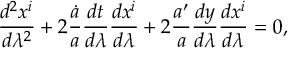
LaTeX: { \frac { d ^ { 2 } x ^ { i } } { d \lambda ^ { 2 } } } + 2 { \frac { \dot { a } } { a } } { \frac { d t } { d \lambda } } { \frac { d x ^ { i } } { d \lambda } } + 2 { \frac { a ^ { \prime } } { a } } { \frac { d y } { d \lambda } } { \frac { d x ^ { i } } { d \lambda } } = 0 ,